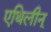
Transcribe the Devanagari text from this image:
एथिलीन्‌